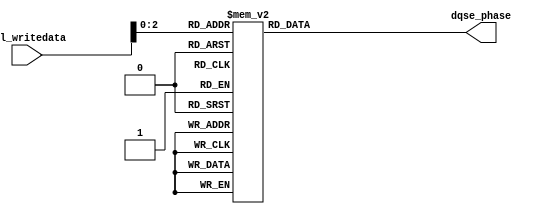
module sequencer_scc_acv_phase_decode
	# (parameter
    
	AVL_DATA_WIDTH          =   32,
	DLL_DELAY_CHAIN_LENGTH  =   8,
	USE_2X_DLL              =   "false"
        
	)
	(
    
	avl_writedata,
	dqse_phase
    
);

	input [AVL_DATA_WIDTH - 1:0] avl_writedata;

	// Arria V and Cyclone V only have dqse_phase control

	
	// phase decoding.
	output [3:0] dqse_phase;
	reg [3:0] dqse_phase;

generate
if (USE_2X_DLL == "true")
begin
	always @ (*) begin : decode_2x

		dqse_phase = 4'b0111;

		case (avl_writedata[2:0])
		3'b000: 
			begin
				dqse_phase = 4'b0100;
			end
		3'b001: 
			begin
				dqse_phase = 4'b0101;
			end
		3'b010: 
			begin
				dqse_phase = 4'b0110;
			end
		3'b011: 
			begin
				dqse_phase = 4'b0111;
			end
		3'b100: 
			begin
				dqse_phase = 4'b1000;
			end
		3'b101: 
			begin
				dqse_phase = 4'b1001;
			end
		3'b110: 
			begin
				dqse_phase = 4'b1010;
			end
		3'b111: 
			begin
				dqse_phase = 4'b1011;
			end
		default : begin end
		endcase
	end

end
else
begin
	always @ (*) begin : decode

		// DQSE = 270
		dqse_phase = 4'b0110;

		case (avl_writedata[2:0])
		3'b000: // DQSE = 90
			begin
				dqse_phase = 4'b0010;
			end
		3'b001: // DQSE = 135
			begin
				dqse_phase = 4'b0011;
			end
		3'b010: // DQSE = 180
			begin
				dqse_phase = 4'b0100;
			end
		3'b011: // DQSE = 225
			begin
				dqse_phase = 4'b0101;
			end
		3'b100: // DQSE = 270
			begin
				dqse_phase = 4'b0110;
			end
		3'b101: // DQSE = 315
			begin
				dqse_phase = 4'b1111;
			end
		3'b110: // DQSE = 360
			begin
				dqse_phase = 4'b1000;
			end
		3'b111: // DQSE = 405
			begin
				dqse_phase = 4'b1001;
			end
		default : begin end
		endcase
	end
end
endgenerate

endmodule